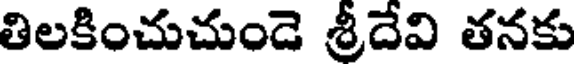
తిలకించుచుండె శ్రీదేవి తనకు